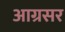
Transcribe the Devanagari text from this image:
आग्रसर